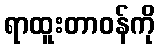
ရာထူးတာဝန်ကို